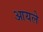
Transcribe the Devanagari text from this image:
आयले